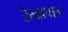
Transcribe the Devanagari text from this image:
रेखापात्र